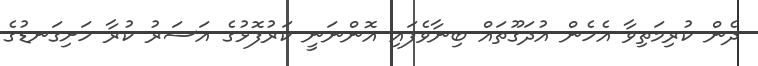
ދެން ކުރިމަތިވާ އެހެން އުދަގޫތައް ބިނާވެފައި އޮންނަނީ ކަރުފޮޅުގެ އަސަރު ކުރާ ހަށިގަނޑުގެ